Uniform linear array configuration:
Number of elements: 32
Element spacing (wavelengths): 0.25
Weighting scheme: blackman
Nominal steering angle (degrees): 15
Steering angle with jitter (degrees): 14.362
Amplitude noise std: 0.05
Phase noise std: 0.05

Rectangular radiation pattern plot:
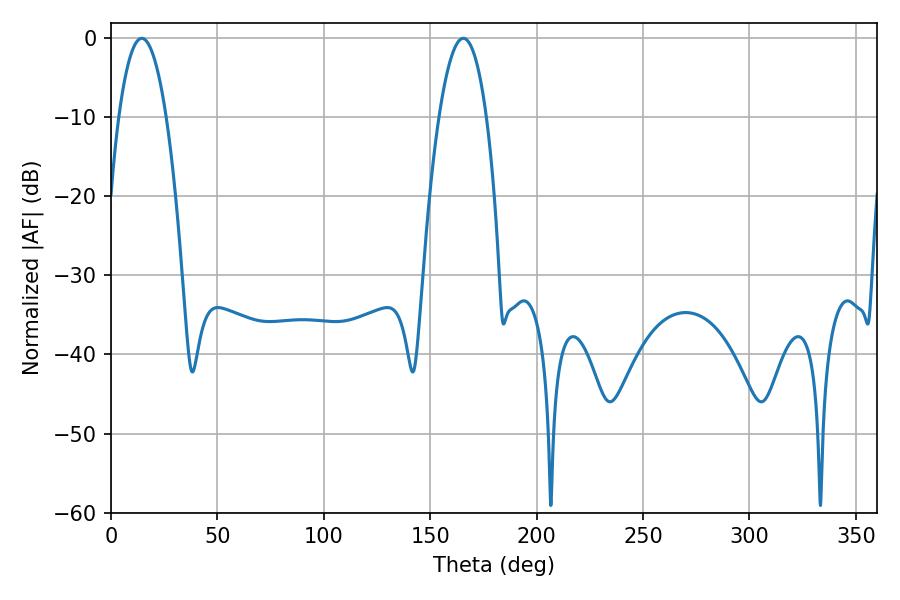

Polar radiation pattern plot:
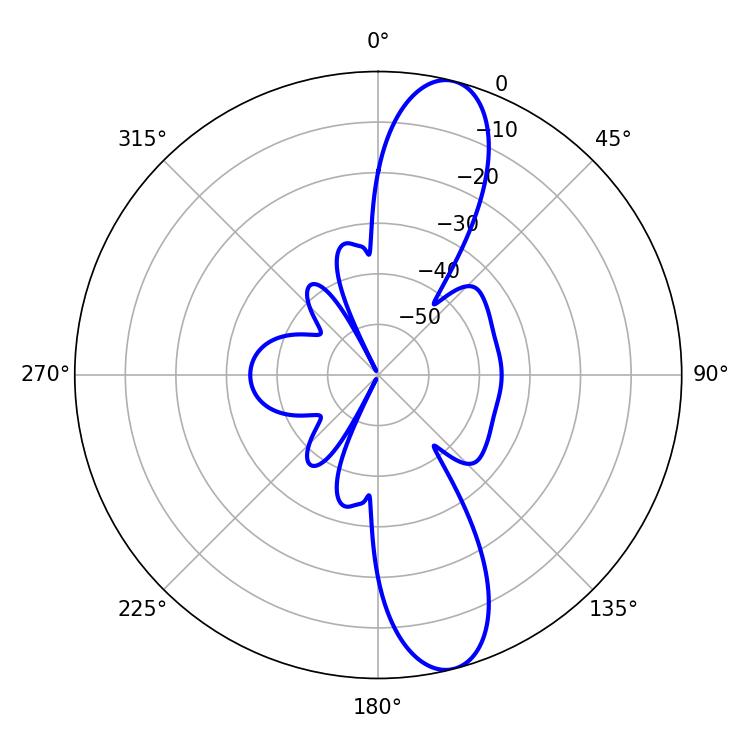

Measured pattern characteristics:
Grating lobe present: FALSE
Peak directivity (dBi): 12.363
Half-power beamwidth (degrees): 12.24
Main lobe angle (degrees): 14.4